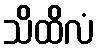
သိထိလံ